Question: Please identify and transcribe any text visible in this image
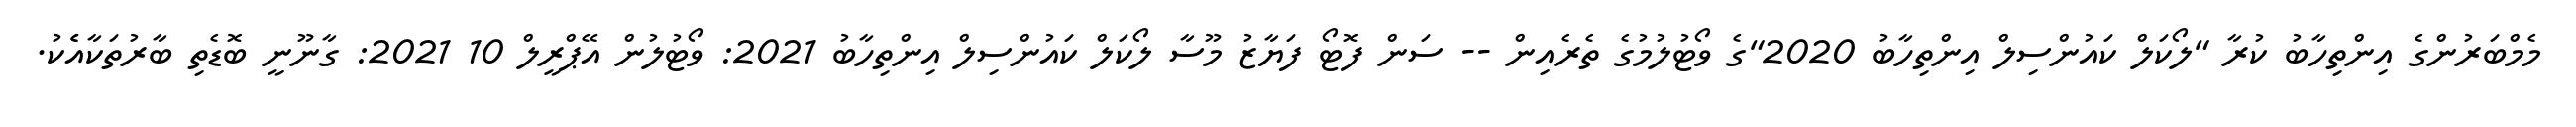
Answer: މެމްބަރުންގެ އިންތިހާބު ކުރާ "ލޯކަލް ކައުންސިލް އިންތިހާބު 2020"ގެ ވޯޓުލުމުގެ ތެރެއިން -- ސަން ފޮޓޯ ފަޔާޒު މޫސާ ލޯކަލް ކައުންސިލް އިންތިހާބު 2021: ވޯޓުލުން އޭޕްރީލް 10 2021: ގާނޫނީ ބޮޑެތި ބާރުތަކާއެެކު.